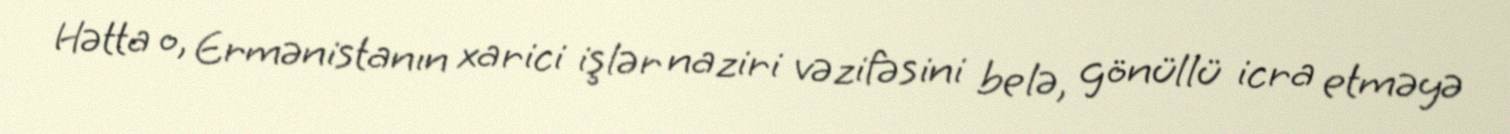
Hətta o, Ermənistanın xarici işlər naziri vəzifəsini belə, gönüllü icra etməyə